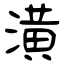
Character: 潢